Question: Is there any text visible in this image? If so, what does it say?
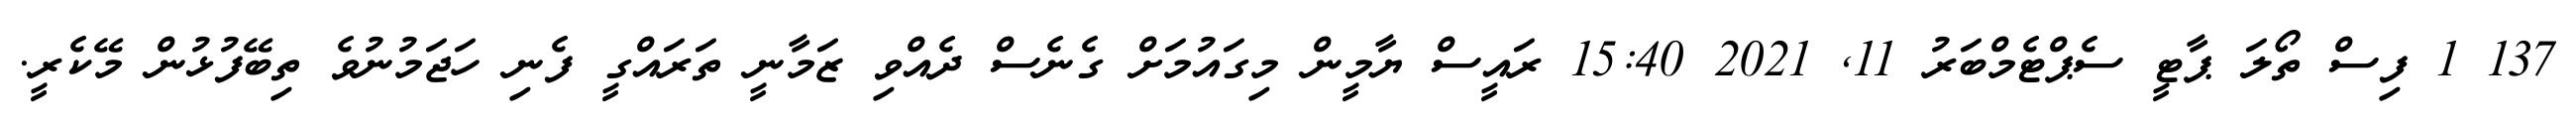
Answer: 137 1 ފިސް ތޯލަ ޕާޓީ ސެޕްޓެމްބަރު 11, 2021 15:40 ރައީސް ޔާމީން މިގައުމަށް ގެނެސް ދެއްވި ޒަމާނީ ތަރައްގީ ފެނި ހަޖަމުނުވެ ތިބޭފުޅުން މޭކެރީ.